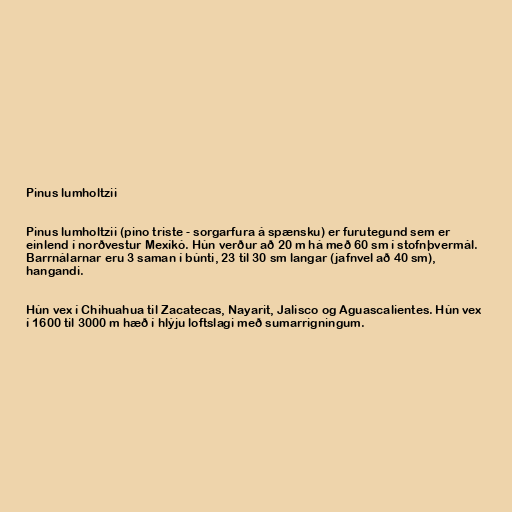
Pinus lumholtzii

Pinus lumholtzii (pino triste - sorgarfura á spænsku) er furutegund sem er
einlend í norðvestur Mexíkó. Hún verður að 20 m há með 60 sm í stofnþvermál.
Barrnálarnar eru 3 saman í búnti, 23 til 30 sm langar (jafnvel að 40 sm),
hangandi.

Hún vex í Chihuahua til Zacatecas, Nayarit, Jalisco og Aguascalientes. Hún vex
í 1600 til 3000 m hæð í hlýju loftslagi með sumarrigningum.